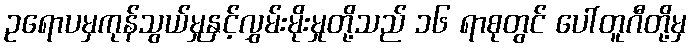
ဥရောပမှကုန်သွယ်မှုနှင့်လွှမ်းမိုးမှုတို့သည် ၁၆ ရာစုတွင် ပေါ်တူဂီတို့မှ